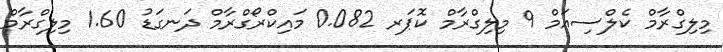
މިލިގްރާމް ކެލްސިއަމް 9 މިލިގްރާމް ކޮޕަރ 0.082 މައިކްރޯގްރާމް ދަނގަޑު 1.60 މިލިގްރާމް